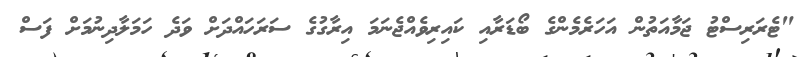
"ޓެރަރިސްޓު ޖަމާއަތުން އަހަރެމެންގެ ބޯޑަރާއި ކައިރިވެއްޖެނަމަ އިރާގުގެ ސަރަހައްދަށް ވަދެ ހަމަލާދިނުމަށް ފަސް